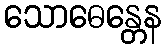
သောဓေန္တေန